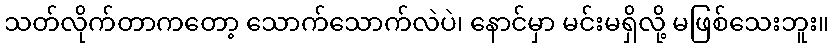
သတ်လိုက်တာကတော့ သောက်သောက်လဲပဲ၊ နောင်မှာ မင်းမရှိလို့ မဖြစ်သေးဘူး။